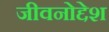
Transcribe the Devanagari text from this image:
जीवनोद्देश